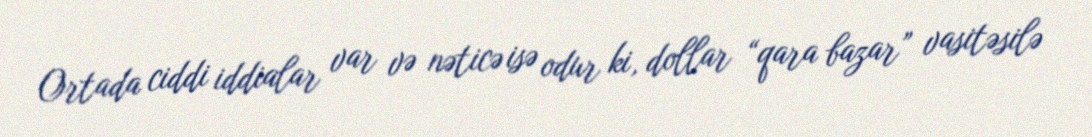
Ortada ciddi iddialar var və nəticə isə odur ki, dollar “qara bazar” vasitəsilə